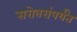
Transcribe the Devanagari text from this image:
सरोवरांपर्यंत